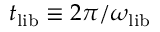
t _ { \mathrm { l i b } } \equiv 2 \pi / \omega _ { \mathrm { l i b } }